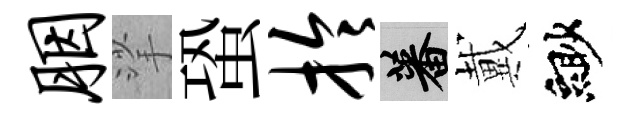
胭挲蛩拎蕃戴緲